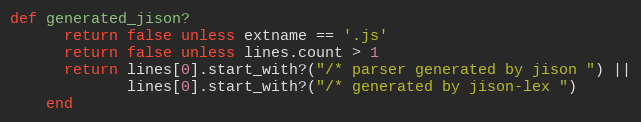
Language: Ruby
def generated_jison?
      return false unless extname == '.js'
      return false unless lines.count > 1
      return lines[0].start_with?("/* parser generated by jison ") ||
             lines[0].start_with?("/* generated by jison-lex ")
    end